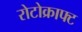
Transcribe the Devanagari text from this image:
रोटोक्राफ्ट